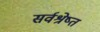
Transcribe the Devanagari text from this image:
सर्वश्रेष्त